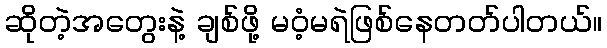
ဆိုတဲ့အတွေးနဲ့ ချစ်ဖို့ မဝံ့မရဲဖြစ်နေတတ်ပါတယ်။